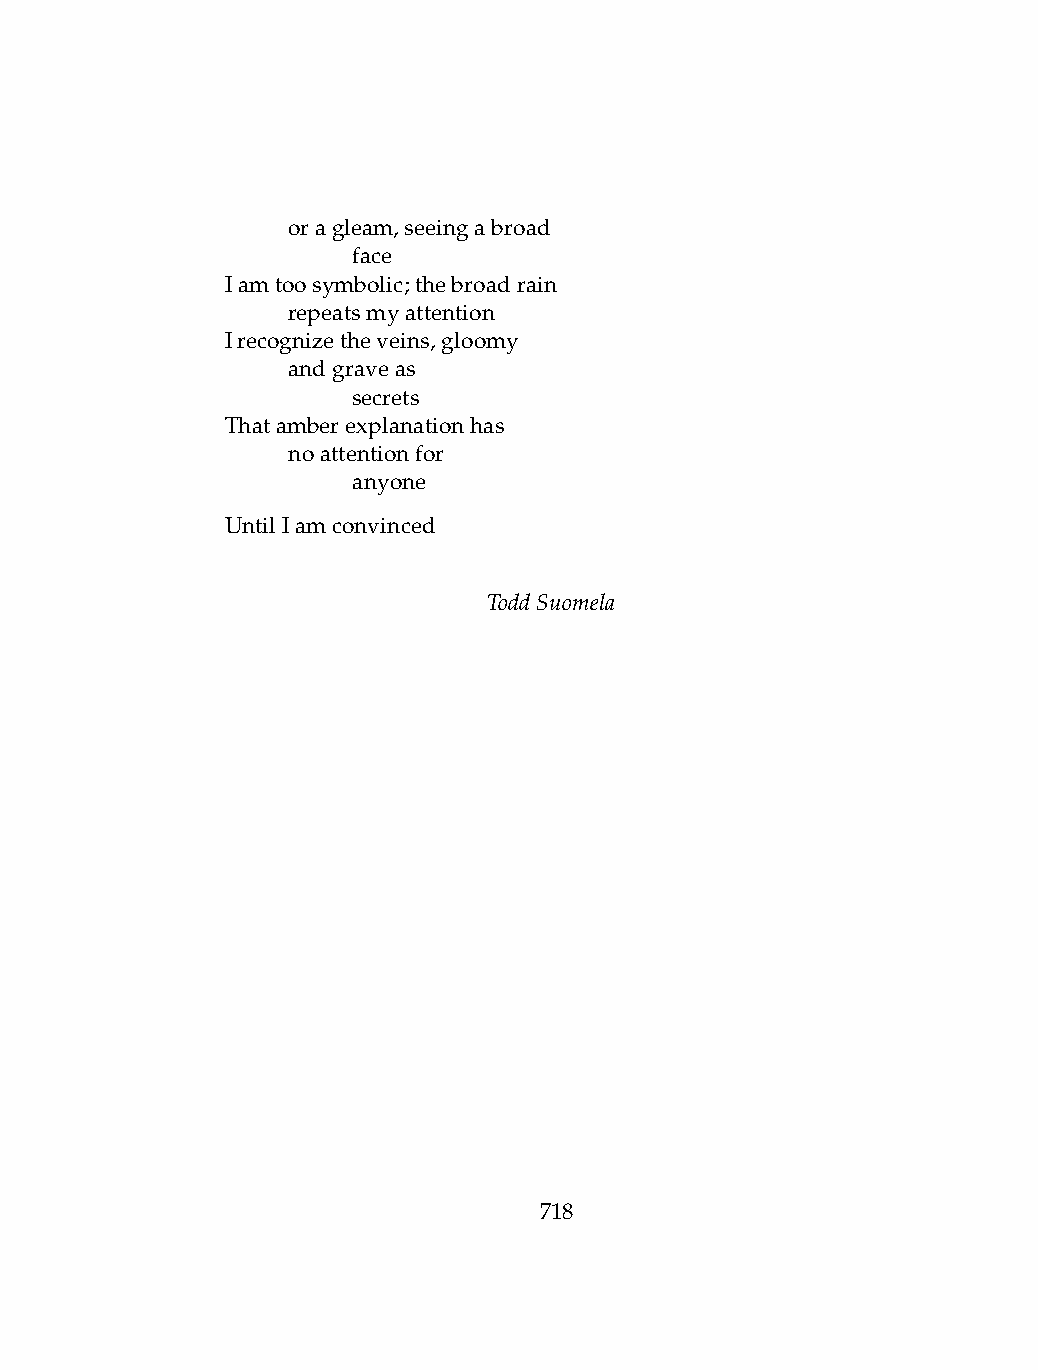
.   oragleam,seeingabroad
 .   .   face
 Iamtoosymbolic;thebroadrain
 .   repeatsmyattention
 Irecognizetheveins,gloomy
 .   andgraveas
 .   .   secrets
 Thatamberexplanationhas
 .   noattentionfor
 .   .   anyone
 UntilIamconvinced
 ToddSuomela
 718